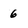
Character: 6